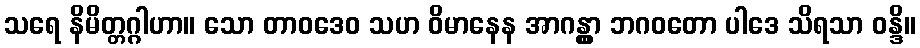
သရေ နိမိတ္တဂ္ဂါဟာ။ သော တာဝဒေဝ သဟ ဝိမာနေန အာဂန္တွာ ဘဂဝတော ပါဒေ သိရသာ ဝန္ဒိ။